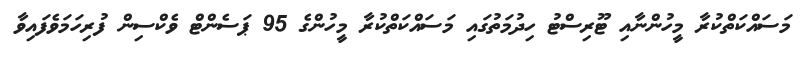
މަސައްކަތްކުރާ މީހުންނާއި ޓޫރިސްޓު ހިދުމަތުގައި މަސައްކަތްކުރާ މީހުންގެ 95 ޕަސެންޓް ވެކްސިން ފުރިހަމަވެފައިވާ